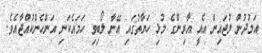
އަމުދުން ލުޖައިން އެއީ އާރިންގެ މުޅި ހަޔާތުގައި އޭނާ ލޯބިވި ހަމައެކަނި އަންހެންކުއްޖާއެވެ.